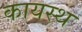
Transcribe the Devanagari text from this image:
कायस्‍थ